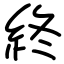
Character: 終